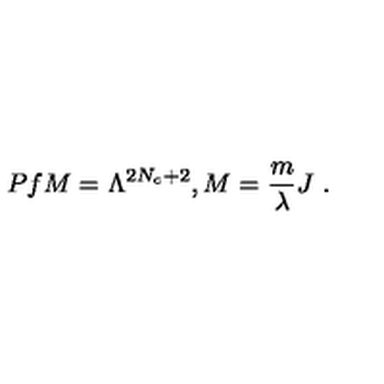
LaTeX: P f M = \Lambda ^ { 2 N _ { c } + 2 } , M = \frac { m } { \lambda } J \ .